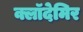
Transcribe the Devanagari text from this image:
क्लॉदेमिर